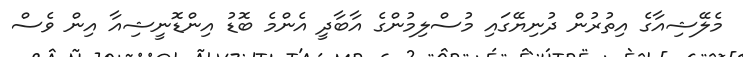
މެލޭޝިއާގެ އިތުރުން ދުނިޔޭގައި މުސްލިމުންގެ އާބާދީ އެންމެ ބޮޑު އިންޑޮނީޝިއާ އިން ވެސް